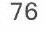
76